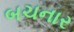
બચનાર